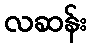
လဆန်း